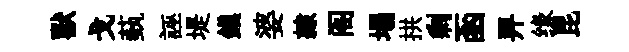
獸戈蓺誣堤鎮婆隷阁塌拱剩函畀缘昆